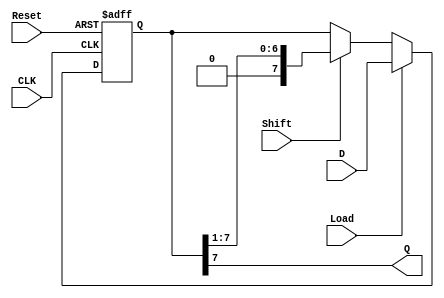
module PISO_Shift_Register #(
    parameter N = 8  // Number of bits in the shift register
)(
    input wire [N-1:0] D,      // Parallel data inputs
    input wire Load,           // Load control signal
    input wire Shift,          // Shift control signal
    input wire CLK,            // Clock input
    input wire Reset,          // Asynchronous reset
    output wire Q              // Serial output
);

    reg [N-1:0] shift_reg;     // Shift register array

    // Asynchronous reset and loading/shifting mechanism
    always @(posedge CLK or posedge Reset) begin
        if (Reset) begin
            shift_reg <= 0;     // Clear the register on reset
        end else if (Load) begin
            shift_reg <= D;     // Load parallel data into the register
        end else if (Shift) begin
            shift_reg <= {1'b0, shift_reg[N-1:1]}; // Shift right, introduce 0 at MSB
        end
    end

    // Assign the serial output from the MSB of the shift register
    assign Q = shift_reg[N-1];

endmodule